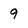
Character: 9